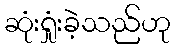
ဆုံးရှုံးခဲ့သည်ဟု